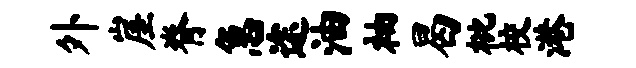
外崖脊急途油袖曷枇校港